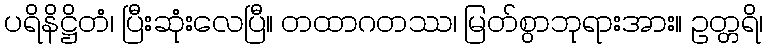
ပရိနိဋ္ဌိတံ၊ ပြီးဆုံးလေပြီ။ တထာဂတဿ၊ မြတ်စွာဘုရားအား။ ဥတ္တရိ၊